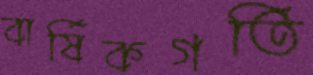
বার্ষিকগতি